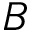
B